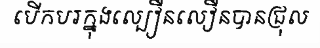
បើកបរក្នុងល្បឿនលឿនបានជ្រុល